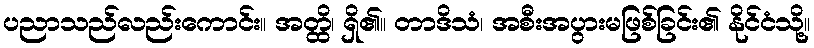
ပညာသည်လည်းကောင်း။ အတ္ထိ၊ ရှိ၏။ တာဒိသံ၊ အစီးအပွားမဖြစ်ခြင်း၏ နိုင်ငံသို့။